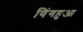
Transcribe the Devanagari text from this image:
यिंगहुआ